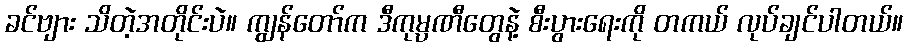
ခင်ဗျား သိတဲ့အတိုင်းပဲ။ ကျွန်တော်က ဒီကုမ္ပဏီတွေနဲ့ စီးပွားရေးကို တကယ် လုပ်ချင်ပါတယ်။